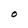
Character: O